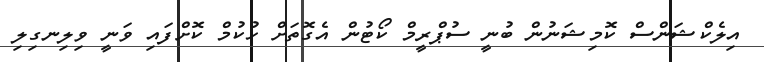
އިލެކްޝަންސް ކޮމިޝަނުން ބުނީ ސުޕްރީމް ކޯޓުން އެގޮތަށް ހުކުމް ކޮށްފައި ވަނީ ވިލިނގިލި